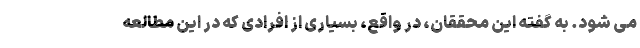
می شود. به گفته این محققان، در واقع، بسیاری از افرادی که در این مطالعه